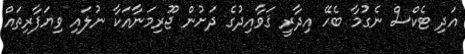
އަދި ޓެކްސް ނެގުމާ ބެހޭ އިދާރީ ޤަވާއިދުގެ ދަށުން ޖޫރިމަނާއަކާ ނުލައި ވިޔަފާރިތައް